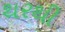
થરથી